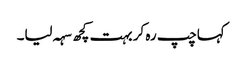
کہاچپ رہ کر بہت کچھ سہہ لیا۔